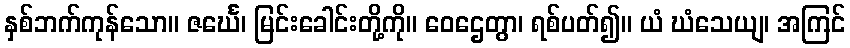
နှစ်ဘက်ကုန်သော။ ဇင်္ဃေ၊ မြင်းခေါင်းတို့ကို။ ဝေဌေတွာ၊ ရစ်ပတ်၍။ ယံ ဃံသေယျ၊ အကြင်